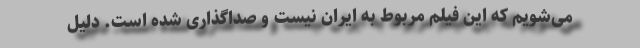
می‌شویم که این فیلم مربوط به ایران نیست و صداگذاری شده است. دلیل